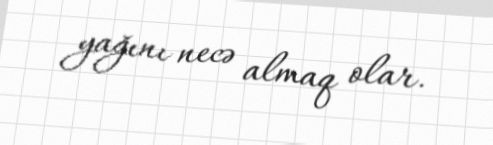
yağını necə almaq olar.